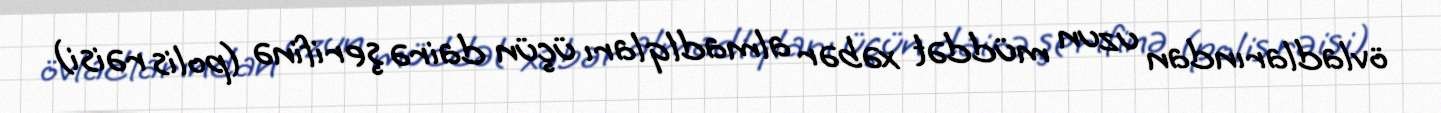
övladlarından uzun müddət xəbər almadlqları üçün dairə şerifinə (polis rəisi)